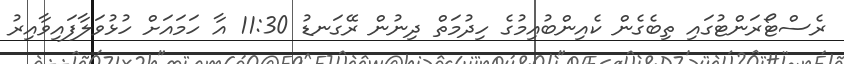
ރެސްޓޯރަންޓުގައި ތިބެގެން ކެއިންބުއިމުގެ ހިދުމަތް ދިނުން ރޭގަނޑު 11:30 އާ ހަމައަަށް ހުޅުވަލާފައިވާއިރު